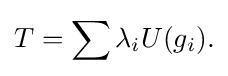
\displaystyle {T=\sum \lambda _{i}U(g_{i}).}